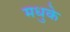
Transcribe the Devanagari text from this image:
मधुके